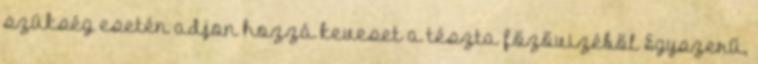
szükség esetén adjon hozzá keveset a tészta főzővizéből Egyszerű,